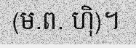
(ម.ព. ហ៊ិ)។